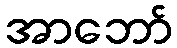
အာဘော်